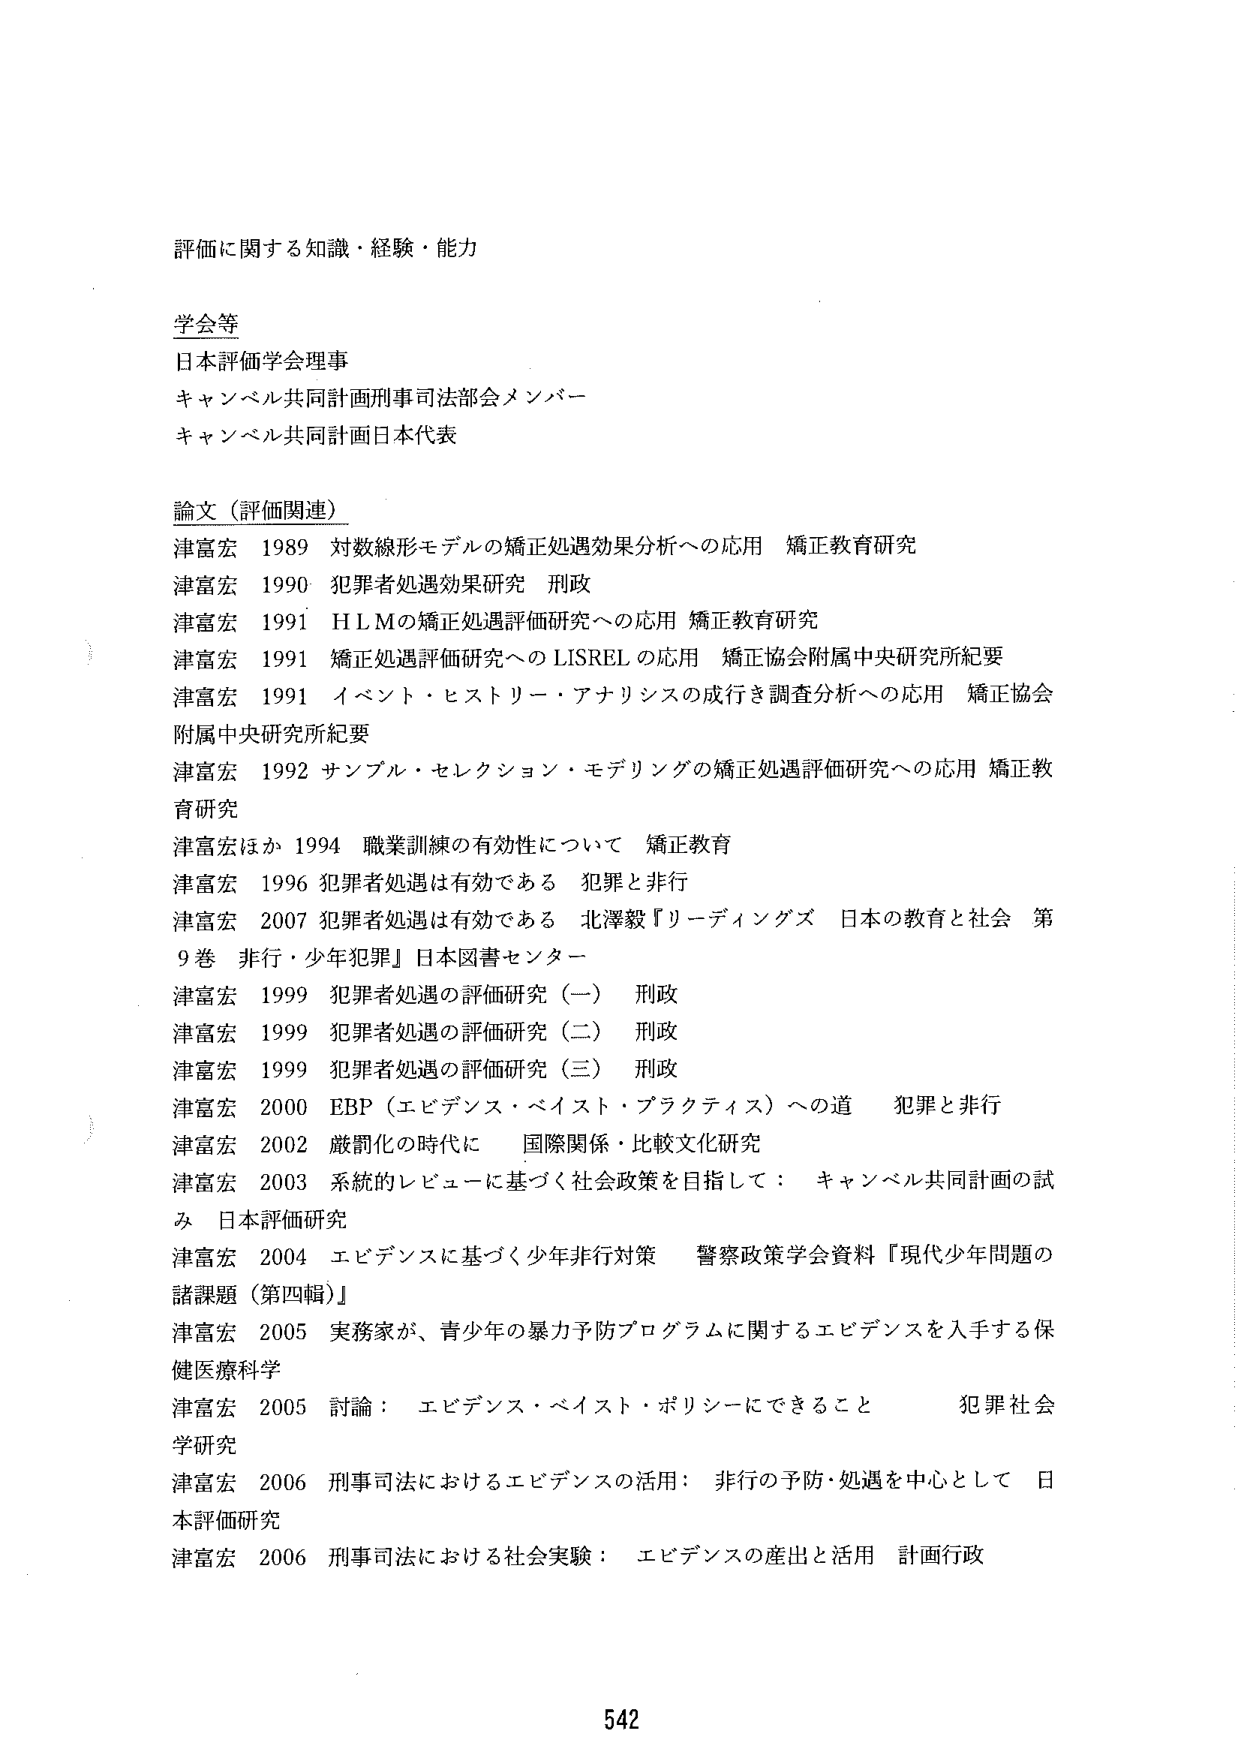
評価に関する知識・経験・能力

学会等
日本評価学会理事
キャンベル共同計画刑事司法部会メンバー
キャンベル共同計画日本代表

論文（評価関連）
津富宏 1989 対数線形モデルの矯正処遇効果分析への応用 矯正教育研究
津富宏 1990 犯罪者処遇効果研究 刑政
津富宏 1991 HLMの矯正処遇評価研究への応用 矯正教育研究
津富宏 1991 矯正処遇評価研究へのLISRELの応用 矯正協会附属中央研究所紀要
津富宏 1991 イベント・ヒストリー・アナリシスの成行き調査分析への応用 矯正協会附属中央研究所紀要
津富宏 1992 サンプル・セレクション・モデリングの矯正処遇評価研究への応用 矯正教育研究
津富宏ほか 1994 職業訓練の有効性について 矯正教育
津富宏 1996 犯罪者処遇は有効である 犯罪と非行
津富宏 2007 犯罪者処遇は有効である 北澤毅『リーディングズ 日本の教育と社会 第9巻 非行・少年犯罪』日本図書センター
津富宏 1999 犯罪者処遇の評価研究（一） 刑政
津富宏 1999 犯罪者処遇の評価研究（二） 刑政
津富宏 1999 犯罪者処遇の評価研究（三） 刑政
津富宏 2000 EBP（エビデンス・ベイスト・プラクティス）への道 犯罪と非行
津富宏 2002 厳罰化の時代に 国際関係・比較文化研究
津富宏 2003 系統的レビューに基づく社会政策を目指して：キャンベル共同計画の試み 日本評価研究
津富宏 2004 エビデンスに基づく少年非行対策 警察政策学会資料『現代少年問題の諸課題（第四輯）』
津富宏 2005 実務家が、青少年の暴力予防プログラムに関するエビデンスを入手する保健医療科学
津富宏 2005 討論：エビデンス・ベイスト・ポリシーにできること 犯罪社会学研究
津富宏 2006 刑事司法におけるエビデンスの活用：非行の予防・処遇を中心として 日本評価研究
津富宏 2006 刑事司法における社会実験：エビデンスの産出と活用 計画行政

542